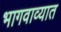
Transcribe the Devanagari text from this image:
भागवाव्यात